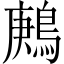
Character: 鶊